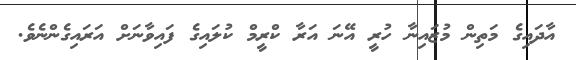
އާދައިގެ މަތިން މުޒައިނާ ހުރީ އޭނަ އަރާ ކްރީމް ކުލައިގެ ފައިވާނަށް އަރައިގެންނެވެ.